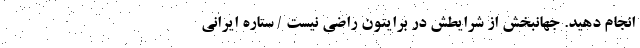
انجام دهید. جهانبخش از شرایطش در برایتون راضی نیست / ستاره ایرانی